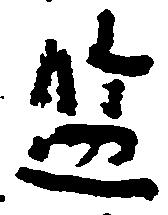
濫